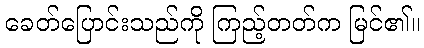
ခေတ်ပြောင်းသည်ကို ကြည့်တတ်က မြင်၏။